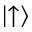
\left| \uparrow \right\rangle